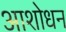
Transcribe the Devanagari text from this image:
आशोधन